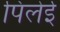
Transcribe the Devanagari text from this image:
पिलेई